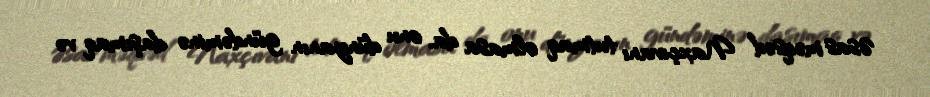
Əsas məqsəd Naxçıvanı tutmaq olmasa da, onu dünyanın gündəminə daşımaq və